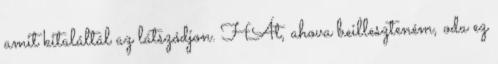
amit kitaláltál az látszódjon. HÁt, ahova beilleszteném, oda ez